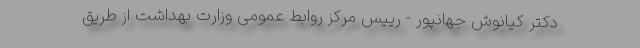
دکتر کیانوش جهانپور - رییس مرکز روابط عمومی وزارت بهداشت از طریق